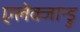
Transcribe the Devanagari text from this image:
एलेक्जान्ड्रु